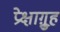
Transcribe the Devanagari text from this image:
प्रेक्षाग़्रुह